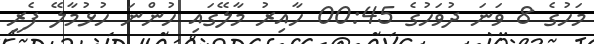
މަހުގެ 8 ވަނަ ދުވަހުގެ 00:45 ހާއިރު މާލޭގައި ހުންނަ ހުޅުމާލޭ ފެރީ